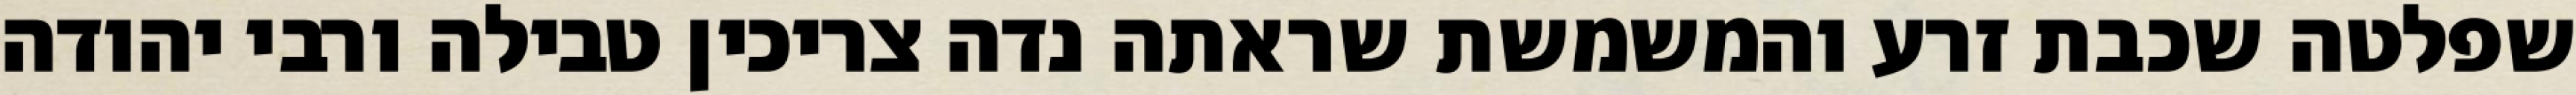
שפלטה שכבת זרע והמשמשת שראתה נדה צריכין טבילה ורבי יהודה